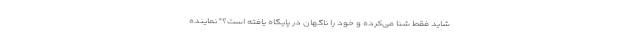
شاید فقط شنا می‌کرده و خود را ناگهان در پایگاه یافته است؟" نماینده